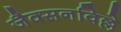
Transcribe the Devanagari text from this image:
जैक्सनविल्ले